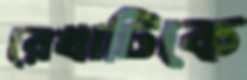
রেখাটিকে